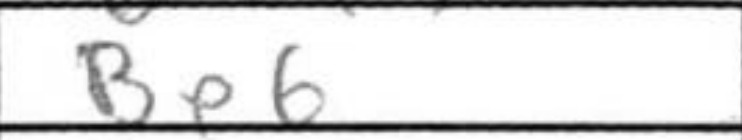
Transcription: Be6